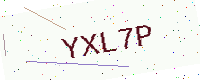
Text: YXL7P